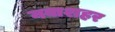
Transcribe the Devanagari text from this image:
नवाशहर